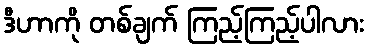
ဒီဟာကို တစ်ချက် ကြည့်ကြည့်ပါလား